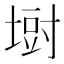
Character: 𪤁